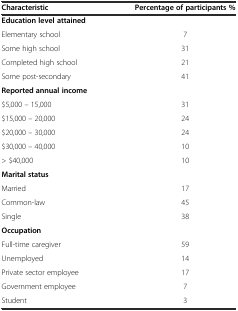
| Characteristic | Percentage of participants % |
 | --- | --- |
 | Education level attained |  |
 | Elementary school | 7 |
 | Some high school | 31 |
 | Completed high school | 21 |
 | Some post-secondary | 41 |
 | Reported annual income |  |
 | $5,000 – 15,000 | 31 |
 | $15,000 – 20,000 | 24 |
 | $20,000 – 30,000 | 24 |
 | $30,000 – 40,000 | 10 |
 | > $40,000 | 10 |
 | Marital status |  |
 | Married | 17 |
 | Common-law | 45 |
 | Single | 38 |
 | Occupation |  |
 | Full-time caregiver | 59 |
 | Unemployed | 14 |
 | Private sector employee | 17 |
 | Government employee | 7 |
 | Student | 3 |